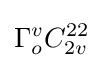
\Gamma _{o}^{v}C_{2v}^{22}